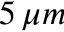
5 \, \mu m